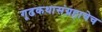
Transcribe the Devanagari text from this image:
गूढकथासंग्रहाचेच